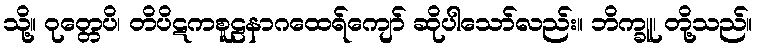
သို့။ ဝုတ္တေပိ၊ တိပိဋကစူဠနာဂထေရ်ကျော် ဆိုပါသော်လည်း။ ဘိက္ခူ၊ တို့သည်။